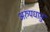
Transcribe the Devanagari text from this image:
अरुपधातु